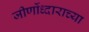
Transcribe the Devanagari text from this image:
जीर्णोध्दाराच्या